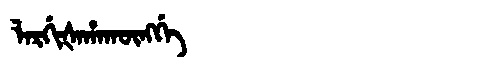
Manchu: ᠯᠠᡵᡤᡳᡧᠠᡥᠠᡴᡡᠩᡤᡝ
Romanization: LARGIŠAHAKŪNGGE